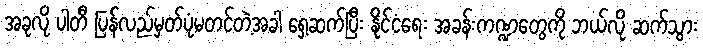
အခုလို ပါတီ ပြန်လည်မှတ်ပုံမတင်တဲ့အခါ ရှေ့ဆက်ပြီး နိုင်ငံရေး အခန်းကဏ္ဍတွေကို ဘယ်လို ဆက်သွား